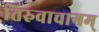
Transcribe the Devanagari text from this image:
तिरुवाचागम्‌